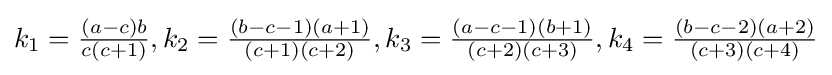
k_{1}={\tfrac {(a-c)b}{c(c+1)}},k_{2}={\tfrac {(b-c-1)(a+1)}{(c+1)(c+2)}},k_{3}={\tfrac {(a-c-1)(b+1)}{(c+2)(c+3)}},k_{4}={\tfrac {(b-c-2)(a+2)}{(c+3)(c+4)}}